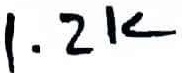
Text: 1.2K